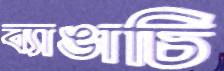
ব্যাঙাচি